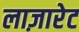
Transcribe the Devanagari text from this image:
लाज़ारेट